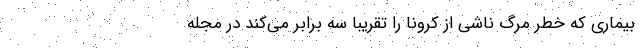
بیماری که خطر مرگ ناشی از کرونا را تقریباً سه برابر می‌کند در مجله